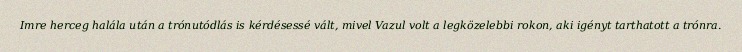
Imre herceg halála után a trónutódlás is kérdésessé vált, mivel Vazul volt a legközelebbi rokon, aki igényt tarthatott a trónra.